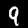
Digit: 9